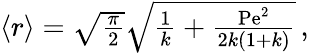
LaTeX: \begin{array}{r}{\left\langle r\right\rangle=\sqrt{\frac{\pi}{2}}\sqrt{\frac{1}{k}+\frac{\mathrm{Pe}^{2}}{2k(1+k)}}\, ,}\end{array}